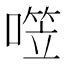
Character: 𰈤